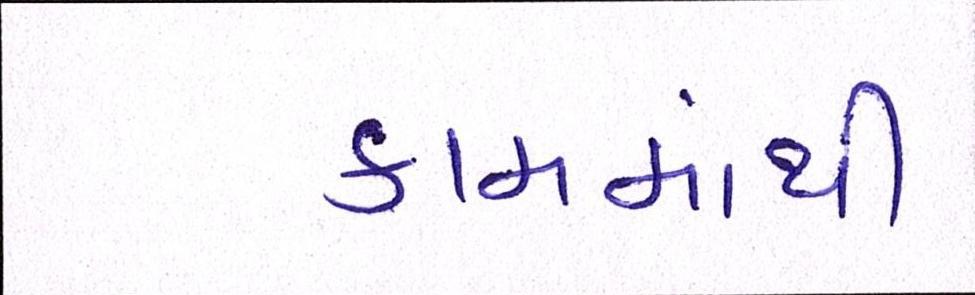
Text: કામમાંથી